Annual report of the Civil Veterinary Department, Bengal, and of the Bengal Veterinary College, for the year 1900-1901 - 1900-1901
Year: 1900
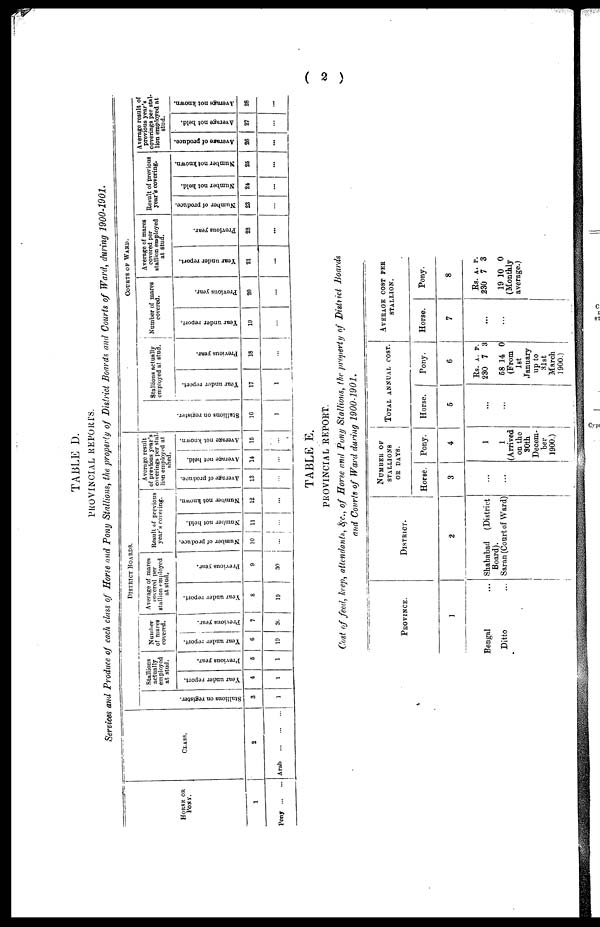
( 2 )
TABLE D.
PROVINCIAL REPORTS.
Services and Produce of each class of Horse and Pony Stallions, the property of District Boards and Courts of Ward, during 1900-1901.
HORSE OR
PONY.
1
Pony ... ...
CLAAS.
2
Arab
...
...
...
DISTRICT BOARDS.
Stallions on register.
3
1
Stallions
actually
employed
at stud.
Year under report.
4
1
Previous year.
5
1
Number
of mares
covered.
Year under report.
6
19
Previous year.
7
30
Average of mares
covered per
stallion employed
at stud.
Year under report.
8
19
Previous year.
9
30
Result of previous
year's covering.
Number of produce.
10
...
Number not held.
11
...
Number not known.
12
...
Average result
of previous year's
coverings per stal-
lion employed at
shed.
Average of produce.
13
...
Average not held.
14
...
Average not known.
15
...
COURTS OF WARD.
St al l
i
ons on register.
16
1
Stallions actually
employed at stud.
Year under report.
17
1
Previous year.
18
...
Number of mares
covered.
Year under report.
19
...
Previous year.
20
...
Average of mares
covered per
stallion employed
at stud.
Year under report.
21
...
Previous year.
22
...
Result of previous
year's covering.
Number
of produce.
23
...
Number not held.
24
...
Number not known.
25
...
Average of produce.
26
...
Average not held.
27
...
Average not known.
28
...
TABLE E.
PROVINCIAL REPORT.
Cost of feed, keep, attendants, &c., of Horse and Pony Stallions, the property of District Boards
and Courts of Ward during 1900-1901.
PROVINCE.
1
Bengal ...
Ditto ...
DISTRICT.
2
Shahabad (District
Board).
Saran (Court of Ward)
NUMBER OF
STALLIONS
OR DAYS.
Horse.
3
...
...
Pony.
4
1
1
(Arrived
on the
80th
Decem-
ber
1900.)
TOTAL ANNUAL COST.
Horse.
5
...
...
Pony.
6
Rs.
230
68
A.
7
14
p.
3
0
(From
1st
January
up to
31st
March
1900.)
AVERAGE COST
STALLION.
PER
Horse.
7
...
...
Pony.
8
Rs.
230
19
A.
7
10
P.
3
0
(Monthly
average.)